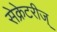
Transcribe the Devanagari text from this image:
सेक्रेटरीज्